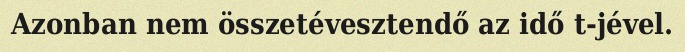
Azonban nem összetévesztendő az idő t-jével.